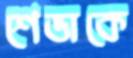
শেভাকে